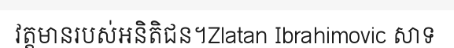
វត្តមានរបស់អនិតិជន។Zlatan Ibrahimovic សាទ